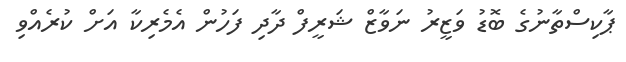
ޕާކިސްތާނުގެ ބޮޑު ވަޒީރު ނަވާޒް ޝަރީފް ދާދި ފަހުން އެމެރިކާ އަށް ކުރެއްވި